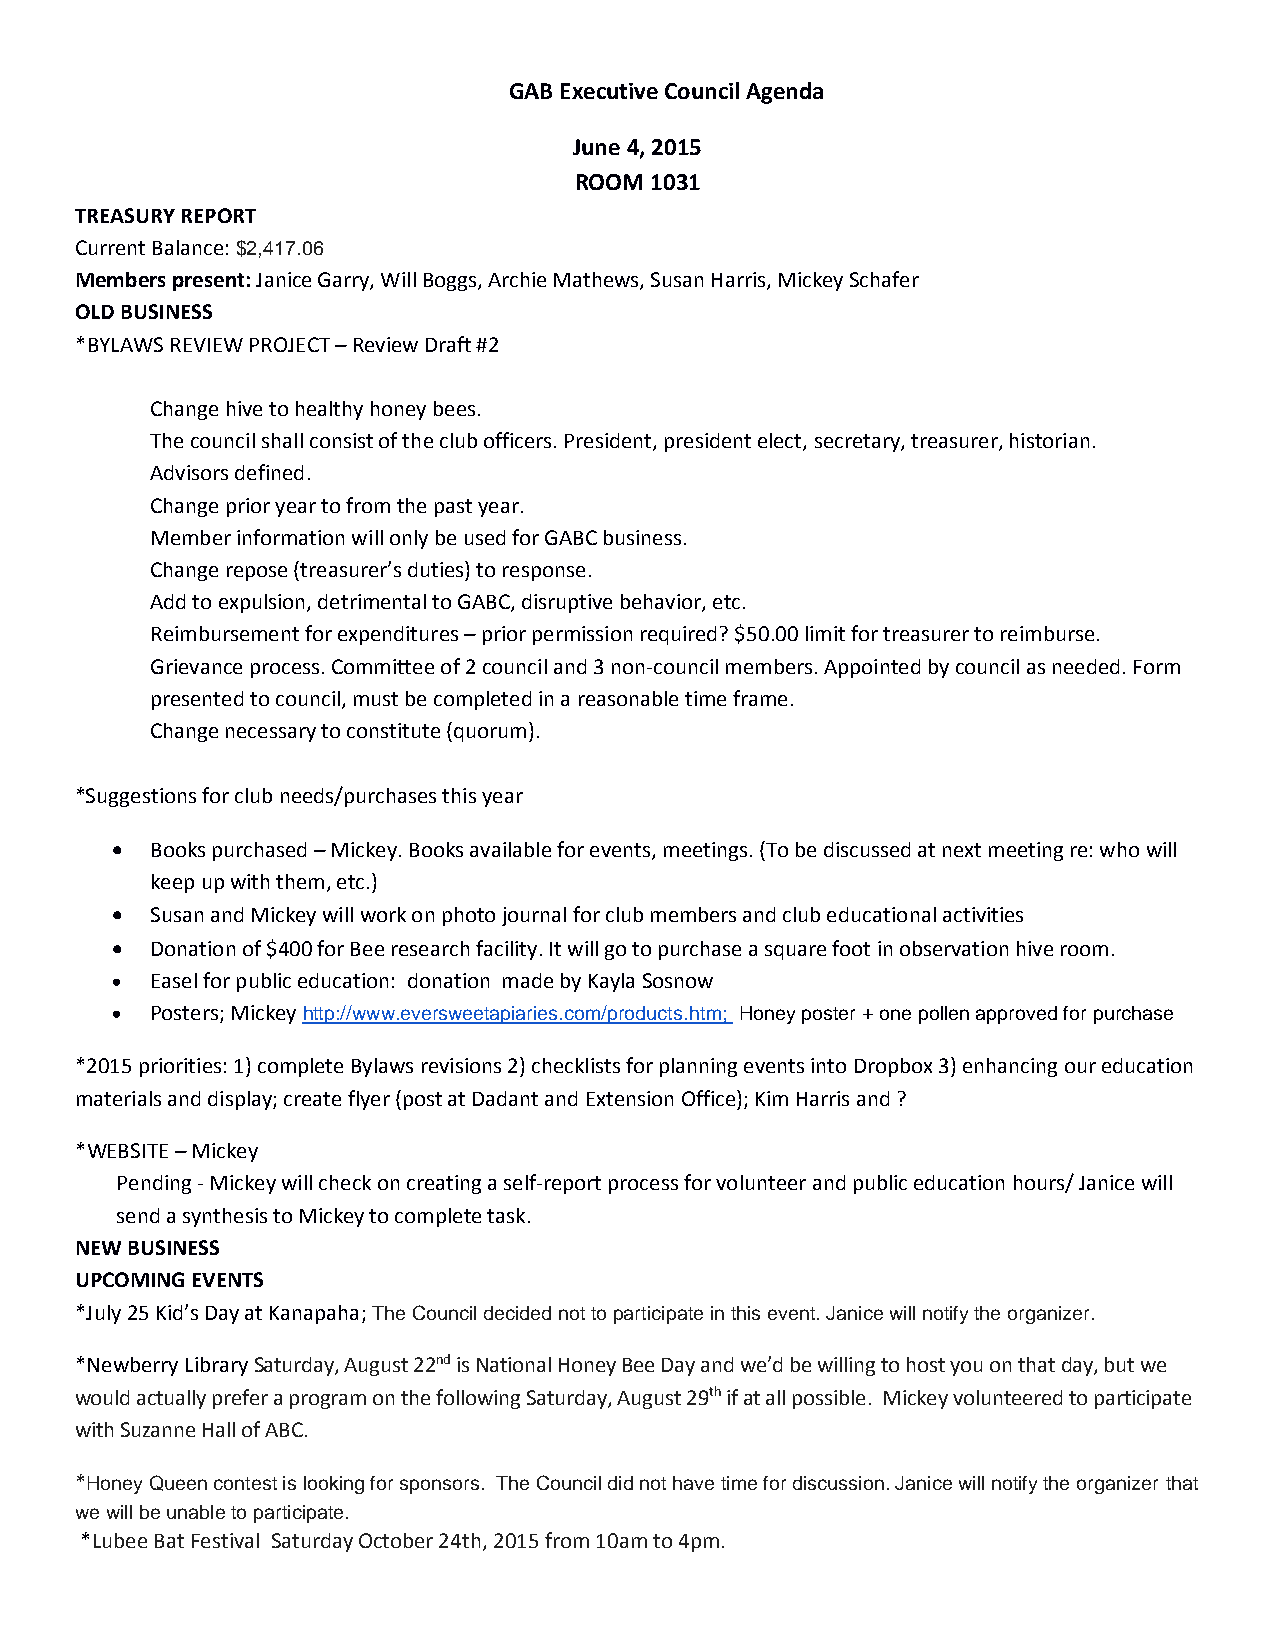
GAB Executive Council Agenda
 June 4, 2015
 ROOM 1031
 TREASURY REPORT
 Current Balance: $2,417.06
 Members present: Janice Garry, Will Boggs, Archie Mathews, Susan Harris, Mickey Schafer
 OLD BUSINESS
 *BYLAWS REVIEW PROJECT – Review Draft #2
 Change hive to healthy honey bees.
 The council shall consist of the club officers. President, president elect, secretary, treasurer, historian.
 Advisors defined.
 Change prior year to from the past year.
 Member information will only be used for GABC business.
 Change repose (treasurer’s duties) to response.
 Add to expulsion, detrimental to GABC, disruptive behavior, etc.
 Reimbursement for expenditures – prior permission required? $50.00 limit for treasurer to reimburse.
 Grievance process. Committee of 2 council and 3 non-council members. Appointed by council as needed. Form
 presented to council, must be completed in a reasonable time frame.
 Change necessary to constitute (quorum).
 *Suggestions for club needs/purchases this year
   Books purchased – Mickey. Books available for events, meetings. (To be discussed at next meeting re: who will
 keep up with them, etc.)
   Susan and Mickey will work on photo journal for club members and club educational activities
   Donation of $400 for Bee research facility. It will go to purchase a square foot in observation hive room.
   Easel for public education: donation made by Kayla Sosnow
   Posters; Mickey http://www.eversweetapiaries.com/products.htm; Honey poster + one pollen approved for purchase
 *2015 priorities: 1) complete Bylaws revisions 2) checklists for planning events into Dropbox 3) enhancing our education
 materials and display; create flyer (post at Dadant and Extension Office); Kim Harris and ?
 *WEBSITE – Mickey
 Pending - Mickey will check on creating a self-report process for volunteer and public education hours/ Janice will
 send a synthesis to Mickey to complete task.
 NEW BUSINESS
 UPCOMING EVENTS
 *July 25 Kid’s Day at Kanapaha; The Council decided not to participate in this event. Janice will notify the organizer.
 *Newberry Library Saturday, August 22nd is National Honey Bee Day and we’d be willing to host you on that day, but we
 would actually prefer a program on the following Saturday, August 29th if at all possible. Mickey volunteered to participate
 with Suzanne Hall of ABC.
 *Honey Queen contest is looking for sponsors. The Council did not have time for discussion. Janice will notify the organizer that
 we will be unable to participate.
 *Lubee Bat Festival Saturday October 24th, 2015 from 10am to 4pm.